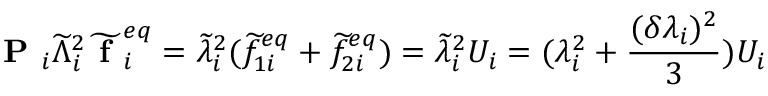
\textbf { P } _ { i } \widetilde { \Lambda } _ { i } ^ { 2 } \widetilde { \textbf { f } } _ { i } ^ { e q } = \widetilde { \lambda } _ { i } ^ { 2 } ( \widetilde { f } _ { 1 i } ^ { e q } + \widetilde { f } _ { 2 i } ^ { e q } ) = \widetilde { \lambda } _ { i } ^ { 2 } U _ { i } = ( \lambda _ { i } ^ { 2 } + \frac { ( \delta \lambda _ { i } ) ^ { 2 } } { 3 } ) U _ { i }